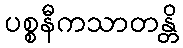
ပစ္စနီကသာတန္တိ